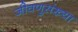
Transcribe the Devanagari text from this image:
जीवणुसंख्या